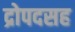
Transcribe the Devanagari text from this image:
द्रोपदसह